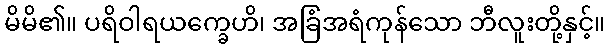
မိမိ၏။ ပရိဝါရယက္ခေဟိ၊ အခြံအရံကုန်သော ဘီလူးတို့နှင့်။